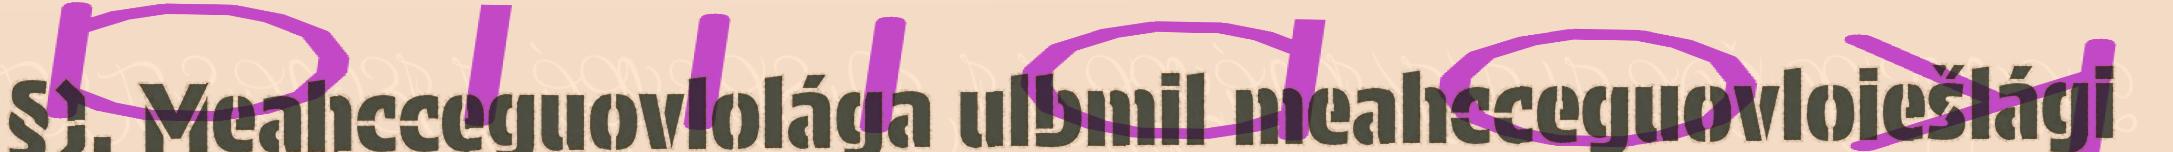
§). Meahcceguovlolága ulbmil meahcceguovloiešlági